65_HS1-834228961_62-HQ-83894_Section_4
Agency: FBI
Page 206
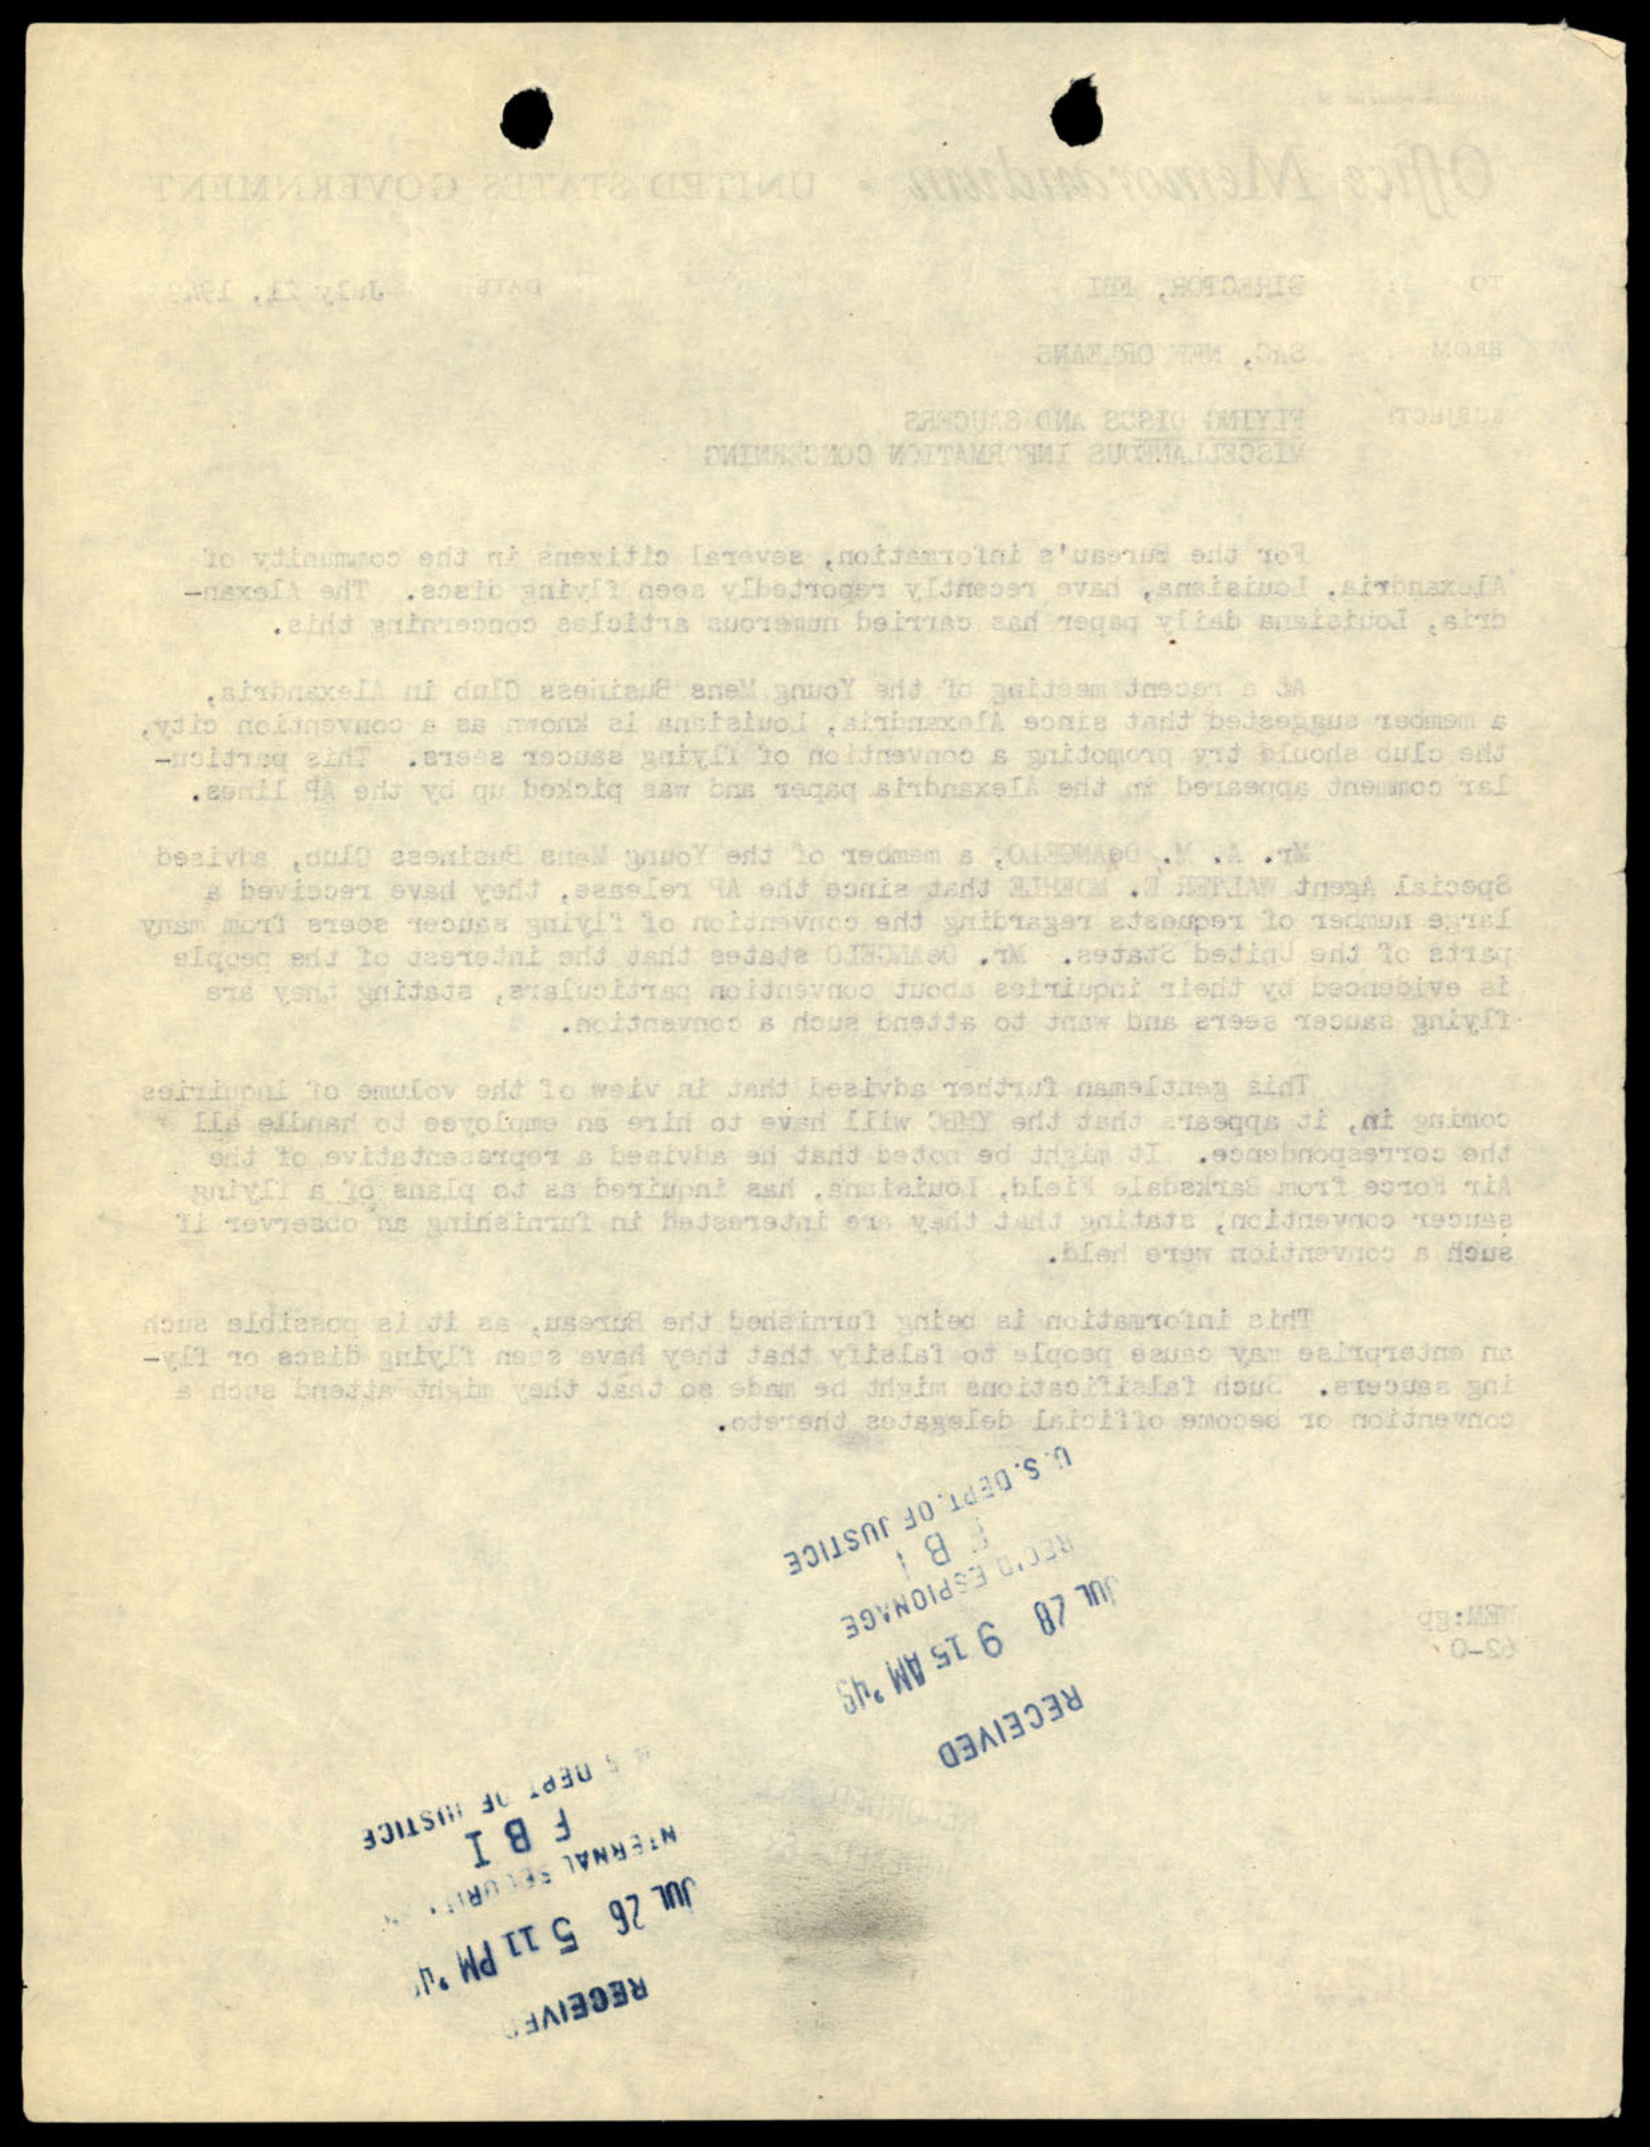